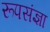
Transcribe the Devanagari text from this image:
रूपसंज्ञा